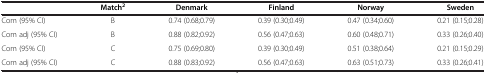
|  | Match2 | Denmark | Finland | Norway | Sweden |
 | --- | --- | --- | --- | --- | --- |
 | Com (95% CI) | B | 0.74 (0.68;0.79) | 0.39 (0.30;0.49) | 0.47 (0.34;0.60) | 0.21 (0.15;0.28) |
 | Com adj (95% CI) | B | 0.88 (0.82;0.92) | 0.56 (0.47;0.63) | 0.60 (0.48;0.71) | 0.33 (0.26;0.40) |
 | Com (95% CI) | C | 0.75 (0.69;0.80) | 0.39 (0.30;0.49) | 0.51 (0.38;0.64) | 0.21 (0.15;0.29) |
 | Com adj (95% CI) | C | 0.88 (0.83;0.92) | 0.56 (0.47;0.63) | 0.63 (0.51;0.73) | 0.33 (0.26;0.41) |